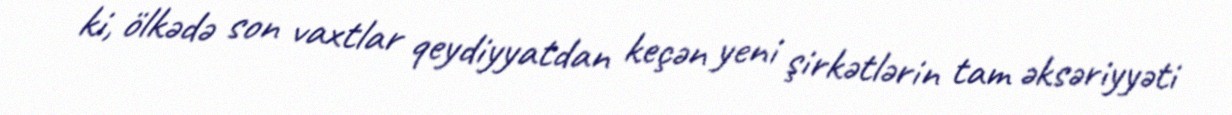
ki, ölkədə son vaxtlar qeydiyyatdan keçən yeni şirkətlərin tam əksəriyyəti